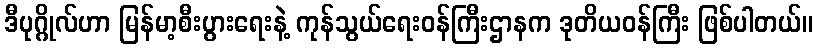
ဒီပုဂ္ဂိုလ်ဟာ မြန်မာ့စီးပွားရေးနဲ့ ကုန်သွယ်ရေးဝန်ကြီးဌာနက ဒုတိယဝန်ကြီး ဖြစ်ပါတယ်။